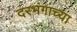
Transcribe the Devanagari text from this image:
दरभंगाच्या